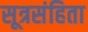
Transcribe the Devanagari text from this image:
सूत्रसंहिता